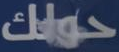
حولك